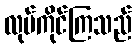
လုပ်ကိုင်ကြသည်